Madras plague regulations in force outside the Presidency town - Volume 2
Disease focus: Plague
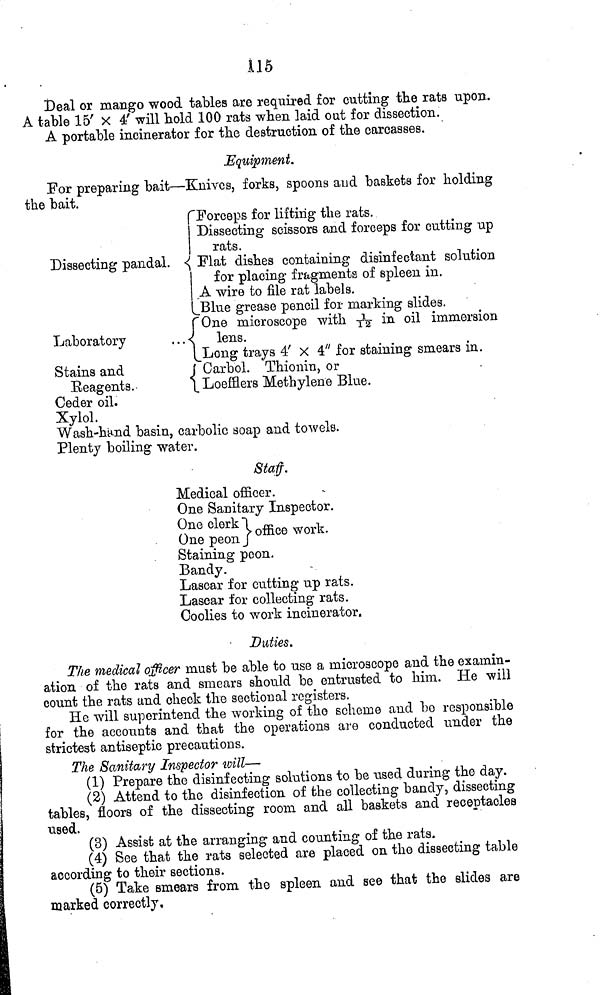
116
Deal or mango wood tables are required for cutting the rats upon.
A table 15' X 4' will hold 100 rats when laid out for dissection.
A portable incinerator for the destruction of the carcasses.
Equipment.
For preparing bait—Knives, forks, spoons and baskets for holding
the bait.
Dissecting pandal.
Laboratory
Stains and
Reagents.
Forceps for lifting the rats.
Dissecting scissors and forceps for cutting up
rats.
Flat dishes containing disinfectant solution
for placing fragments of spleen in.
A wire to file rat labels.
Blue grease pencil for marking slides.
One microscope with 1/12 in oil immersion
lens.
Long trays 4' X 4" for staining smears in.
Carbol. Thionin, or
Loefflers Methylene Blue.
Ceder oil.
Xylol.
Wash-hand basin, carbolic soap and towels.
Plenty boiling water.
Staff.
Medical officer.
One Sanitary Inspector.
One clerk
Office
work
One
peon
Staining peon.
Bandy.
Lascar for cutting up rats.
Lascar for collecting rats.
Coolies to work incinerator.
Duties.
The medical officer must be able to use a microscope and the examin-
ation of the rats and smears should be entrusted to him. He will
count the rats and check the sectional registers.
He will superintend the working of the scheme and bo responsible
for the accounts and that the operations are conducted under the
strictest antiseptic precautions.
The Sanitary Inspector will—
(1) Prepare the disinfecting solutions to be used during the day.
(2) Attend to the disinfection of the collecting bandy, dissecting
tables, floors of the dissecting room and all baskets and receptacles
used.
(3) Assist at the arranging and counting of the rats.
(4) See that the rats selected are placed on the dissecting table
according to their sections.
(5) Take smears from the spleen and see that the slides are
marked correctly.